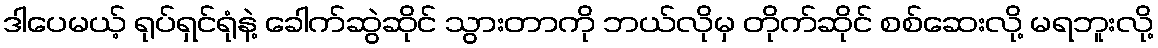
ဒါပေမယ့် ရုပ်ရှင်ရုံနဲ့ ခေါက်ဆွဲဆိုင် သွားတာကို ဘယ်လိုမှ တိုက်ဆိုင် စစ်ဆေးလို့ မရဘူးလို့